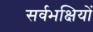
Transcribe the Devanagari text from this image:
सर्वभक्षियों